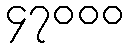
၄၇၀၀၀